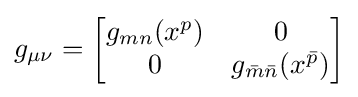
g_{\mu \nu }={\begin{bmatrix}g_{mn}(x^{p})&0\\0&g_{{\bar {m}}{\bar {n}}}(x^{\bar {p}})\end{bmatrix}}